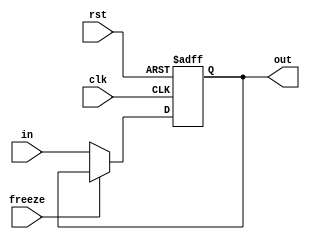
`timescale 1ns/1ns
module PC(rst, clk, freeze, in, out);
  input rst, clk, freeze;
  input[31:0] in;
  output reg[31:0] out;
  
  always@(posedge clk, posedge rst) begin
    if(rst)
      out <= 32'b0;
    else if(freeze == 1'b0)
      out <= in;
  end
endmodule